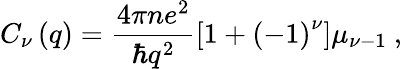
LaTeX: C_{\nu}\left(q\right)=\frac{4\pi ne^{2}}{\hbar q^{2}}\left[1+\left(-1\right)^{\nu}\right]\mu_{\nu-1}\ ,